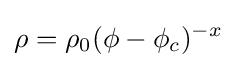
\rho =\rho _{0}(\phi -\phi _{c})^{-x}